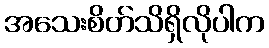
အသေးစိတ်သိရှိလိုပါက